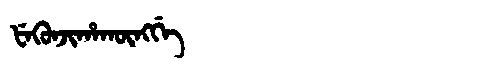
Manchu: ᡶᡝᡴᡠᠨᠵᡳᡥᠠᡴᡡᠩᡤᡝ
Romanization: FEKUNJIHAKŪNGGE